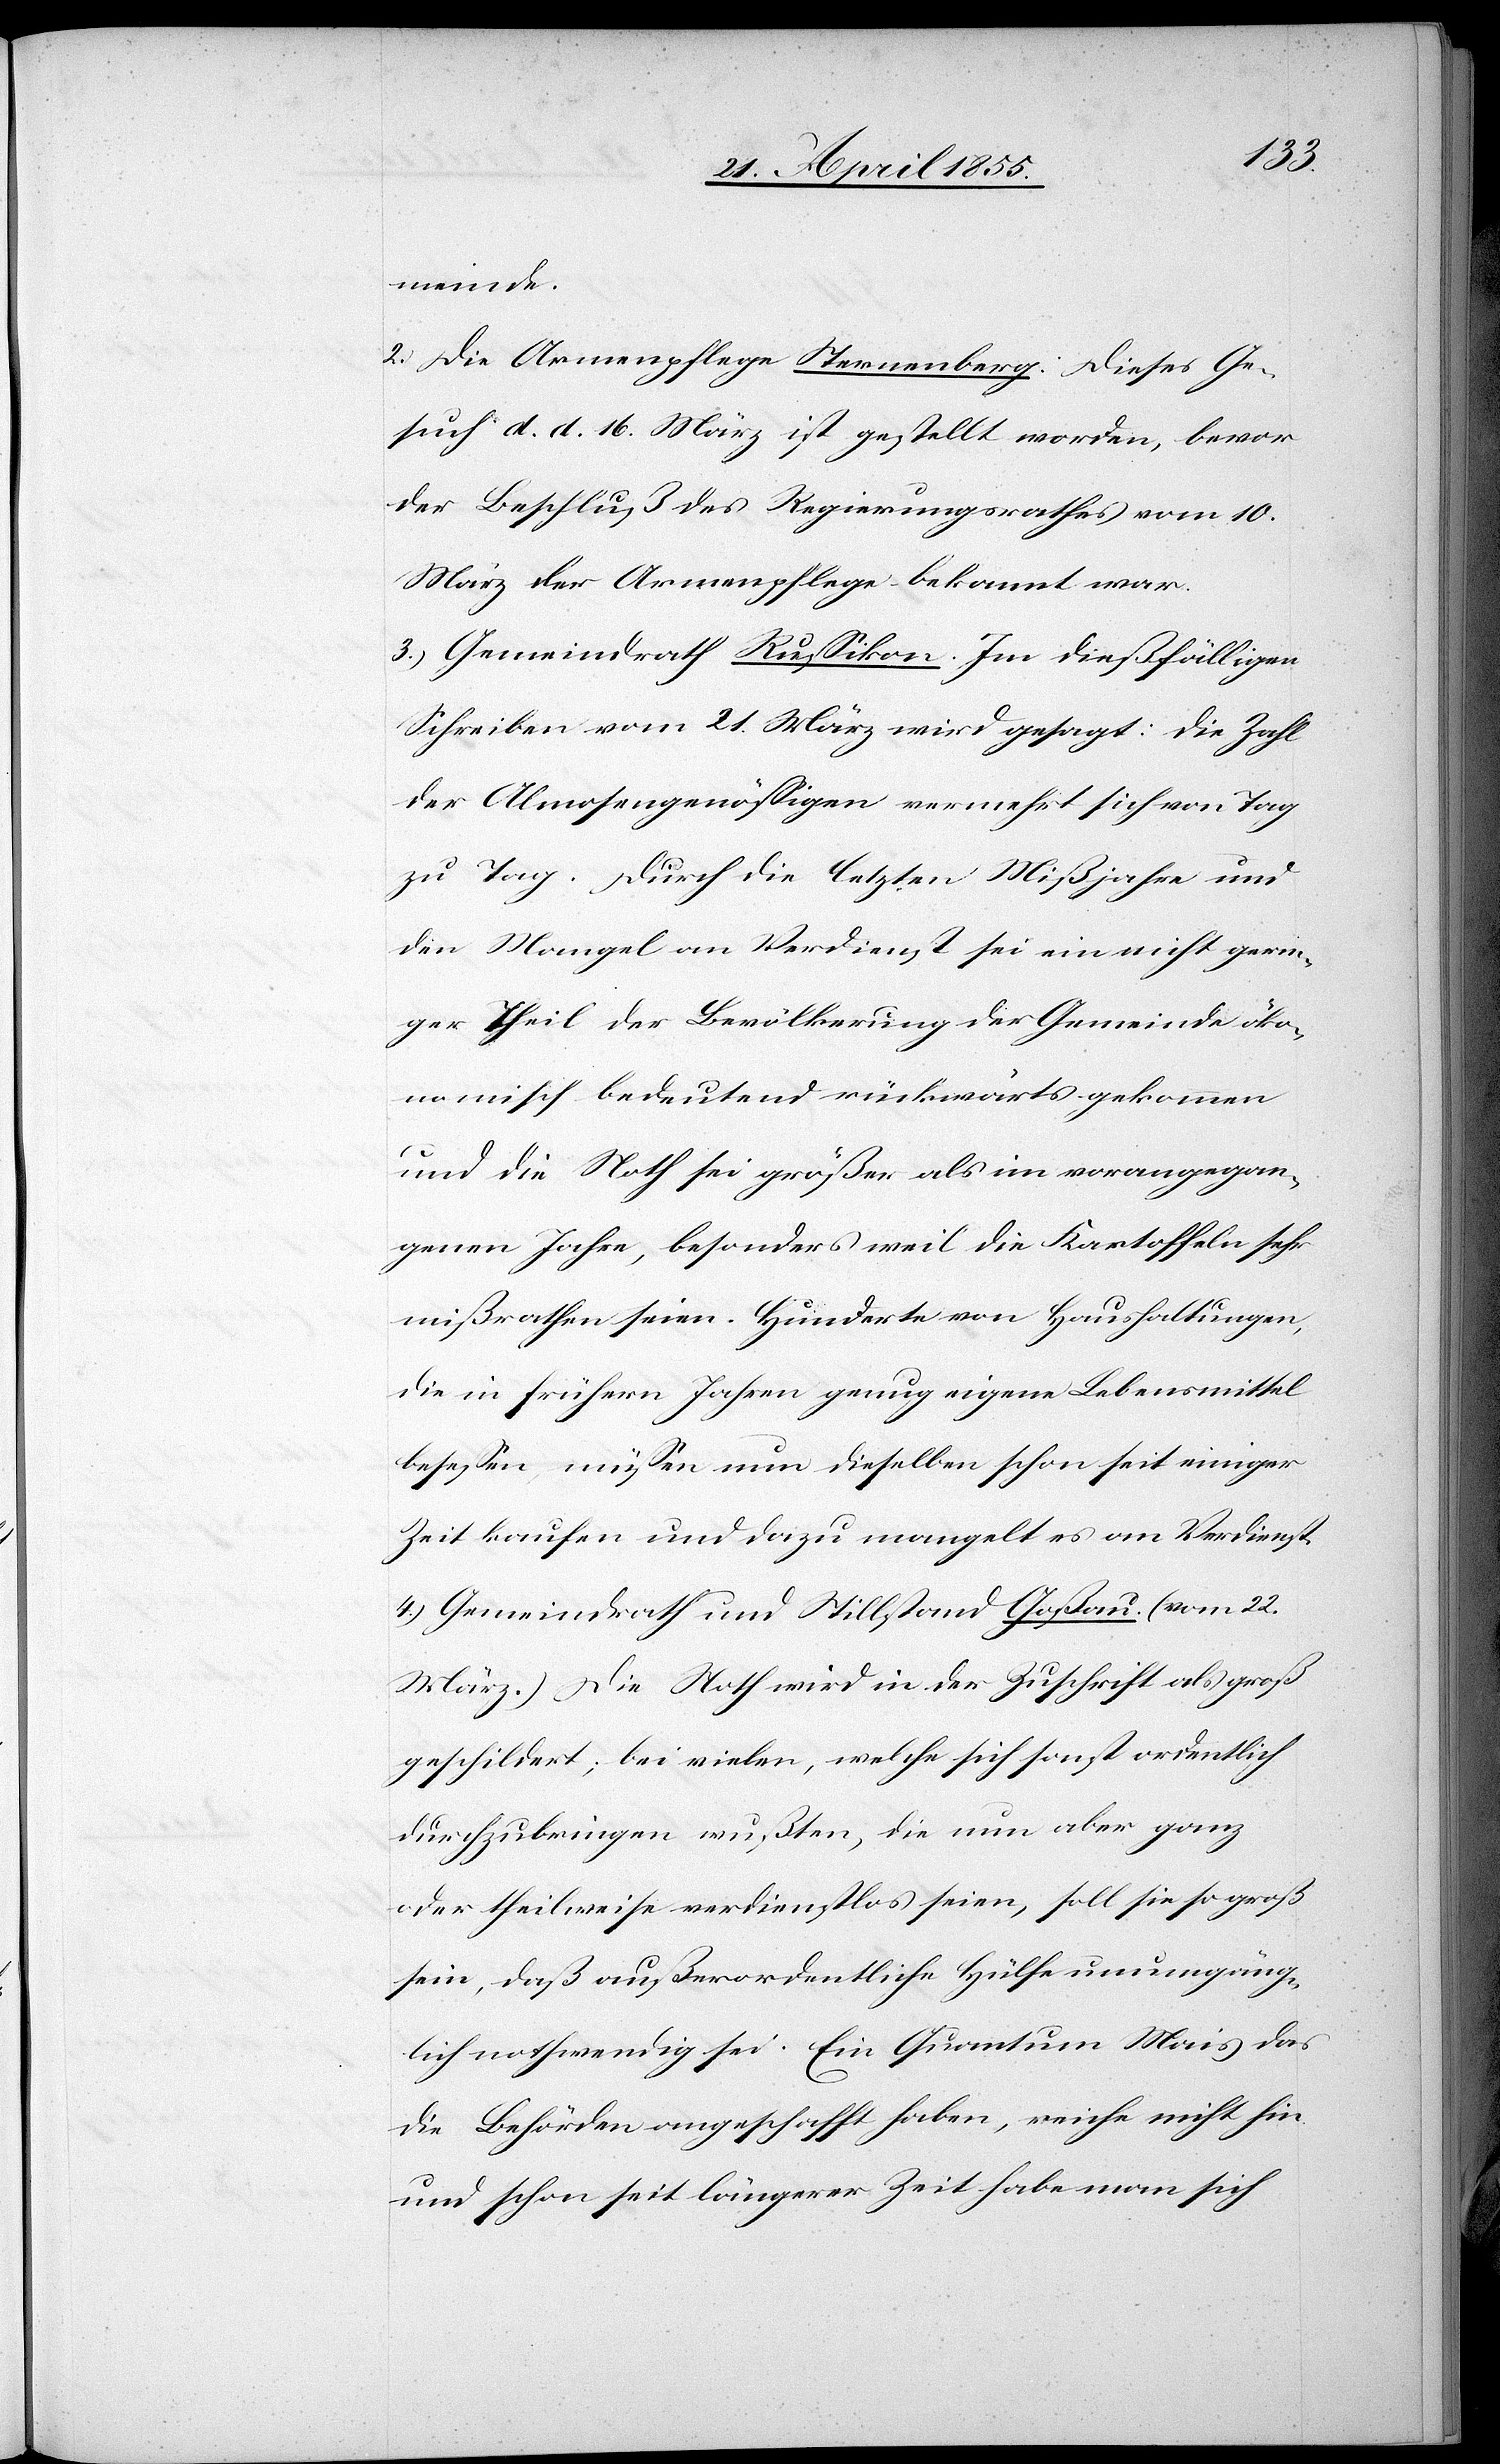
meinde.
2. Die Armenpflege Sternenberg. Dieses Ge¬
such d. d. 16. März ist gestellt worden, bevor
der Beschluß des Regierungsrathes vom 10.
März der Armenpflege bekannt war.
3.) Gemeindrath Russikon. Im dießfälligen
Schreiben vom 21. März wird gesagt: Die Zahl
der Almosengenössigen vermehrt sich von Tag
zu Tag. Durch die letzten Mißjahre und
den Mangel an Verdienst sei ein nicht gerin¬
ger Theil der Bevölkerung der Gemeinde öko¬
nomisch bedeutend rückwärts gekommen
und die Noth sei größer als im vorangegan¬
genen Jahre, besonders weil die Kartoffeln sehr
mißrathen seien. Hunderte von Haushaltungen,
die in frühern Jahren genug eigene Lebensmittel
besessen, müssen nun dieselben schon seit einiger
Zeit kaufen und dazu mangelt es am Verdienst.
4.) Gemeindrath und Stillstand Goßau. (vom 22.
März.) Die Noth wird in der Zuschrift als groß
geschildert; bei vielen, welche sich sonst ordentlich
durchzubringen wußten, die nun aber ganz
oder theilweise verdienstlos seien, soll sie so groß
sein, daß außerordentliche Hülfe unumgäng¬
lich nothwendig sei. Ein Quantum Mais das
die Behörden angeschafft haben, reiche nicht hin
und schon seit längerer Zeit habe man sich